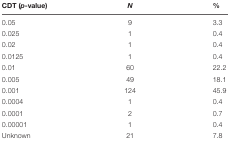
<table><thead><tr><td><b>CDT (<i>p</i>-value)</b></td><td><b><i>N</i></b></td><td><b>%</b></td></tr></thead><tbody><tr><td>0.05</td><td>9</td><td>3.3</td></tr><tr><td>0.025</td><td>1</td><td>0.4</td></tr><tr><td>0.02</td><td>1</td><td>0.4</td></tr><tr><td>0.0125</td><td>1</td><td>0.4</td></tr><tr><td>0.01</td><td>60</td><td>22.2</td></tr><tr><td>0.005</td><td>49</td><td>18.1</td></tr><tr><td>0.001</td><td>124</td><td>45.9</td></tr><tr><td>0.0004</td><td>1</td><td>0.4</td></tr><tr><td>0.0001</td><td>2</td><td>0.7</td></tr><tr><td>0.00001</td><td>1</td><td>0.4</td></tr><tr><td>Unknown</td><td>21</td><td>7.8</td></tr></tbody></table>